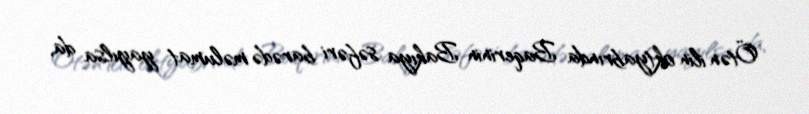
Ötən ilin oktyabrında Baqerinin Bakıya səfəri barədə məlumat yayılsa da,